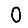
Digit: 0